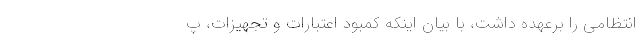
انتظامی را برعهده داشت، با بیان اینکه کمبود اعتبارات و تجهیزات، پ